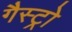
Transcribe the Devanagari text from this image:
गैस्‍ट्रो